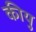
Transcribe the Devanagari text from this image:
कीयु